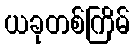
ယခုတစ်ကြိမ်